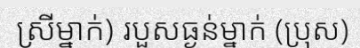
ស្រីម្នាក់) របួសធ្ងន់ម្នាក់ (ប្រុស)